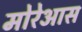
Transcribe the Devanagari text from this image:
मोरेआस